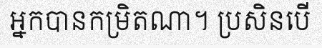
អ្នកបានកម្រិតណា។ ប្រសិនបើ